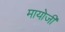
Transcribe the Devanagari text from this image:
मायोजी